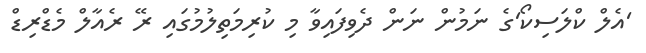
'އެލް ކްލަސިކޯ'ގެ ނަމުން ނަން ދެވިފައިވާ މި ކުރިމަތިލުމުގައި ރޭ ރެއާލް މެޑްރިޑް